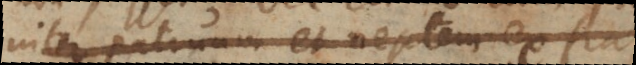
inter patruum et nepotem ex fratre